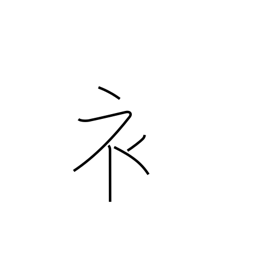
Meaning: clothing radical (no. 145